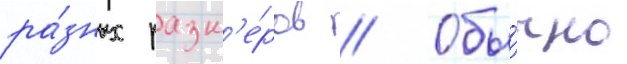
ра́зных разм'е́ров // Обы́чно